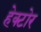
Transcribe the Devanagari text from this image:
हेक्टोर